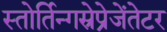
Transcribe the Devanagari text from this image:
स्तोर्तिन्गस्रेप्रेजेंतेटर